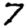
Digit: 7